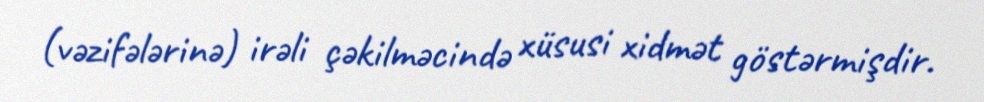
(vəzifələrinə) irəli çəkilməcində xüsusi xidmət göstərmişdir.